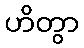
ဟိတွာ